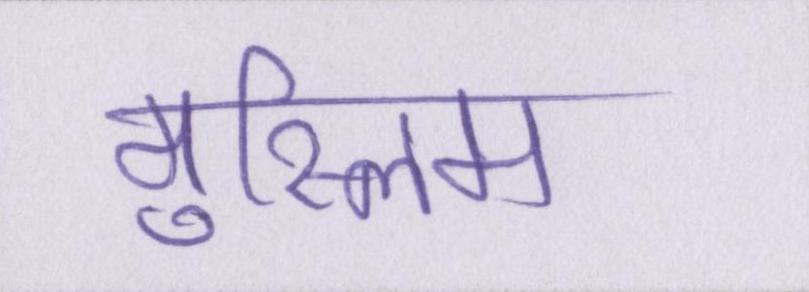
मुस्लिम